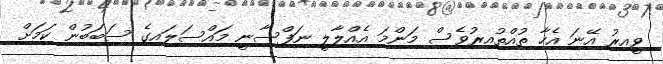
ވީއިރު އޭނަ އެހާ ތުއްތުއިރުވެސް މަންމަ އެއްލާލީ ނަފްސާނީ މައްސަލައިގެ ސަބަބުން ކަމަށް